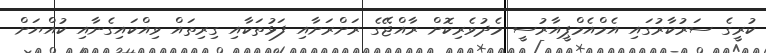
ކުރީގެ ސަރުކާރުގައި އެމްއެމްޕީއާރުސީ މެދުވެރިކޮށް ރާއްޖޭގެ ރަށްރަށާއި ފަޅުތަކާއި ގިރިތައް ވިއްކައިގެނާއި ކުއްޔަށް